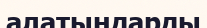
алатындарды